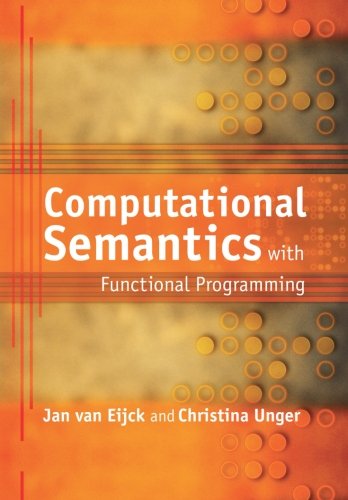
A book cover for Computational Semantics with Functional Programming; Jan van Eijck; Reference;